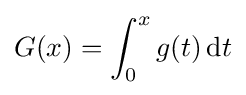
G(x)=\int _{0}^{x}g(t)\,\mathrm {d} t